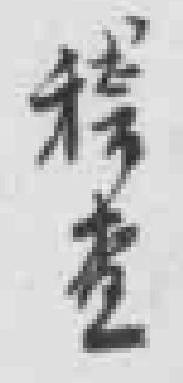
稽查